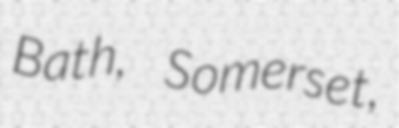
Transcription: Bath, Somerset,